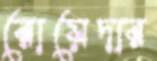
রোয়েদার